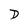
Character: D